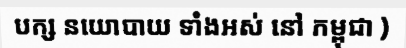
បក្ស នយោបាយ ទាំងអស់ នៅ កម្ពុជា )